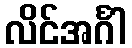
လိင်အင်္ဂါ